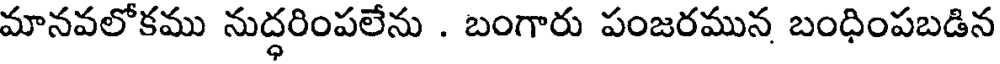
మానవలోకము నుద్ధరింపలేను . బంగారు పంజరమున బంధింపబడిన